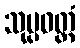
သုပ္ပဝတ္တံ